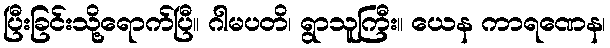
ပြီးခြင်းသို့ရောက်ပြီ။ ဂါမပတိ၊ ရွာသူကြီး။ ယေန ကာရဏေန၊